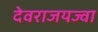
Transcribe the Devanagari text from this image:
देवराजयज्वा